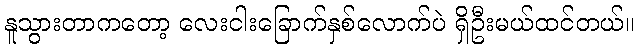
နူသွားတာကတော့ လေးငါးခြောက်နှစ်လောက်ပဲ ရှိဦးမယ်ထင်တယ်။